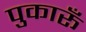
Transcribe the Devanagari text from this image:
पुकारूँ